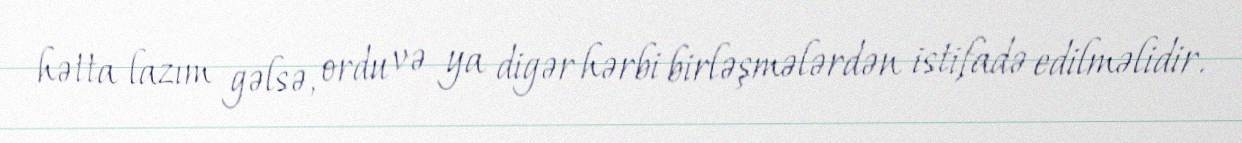
hətta lazım gəlsə, ordu və ya digər hərbi birləşmələrdən istifadə edilməlidir.